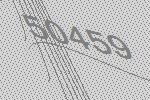
50459